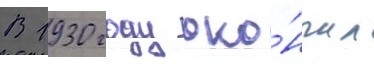
В 1930 году око́нчил